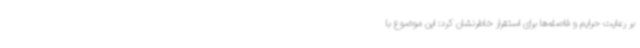
بر رعایت حرایم و فاصله‌ها برای استقرار خاطرنشان کرد: این موضوع با